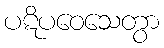
ပဋိပဝေသေတွာ